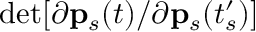
\operatorname* { d e t } [ { \partial \mathbf { p } _ { s } ( t ) } / { \partial \mathbf { p } _ { s } ( t _ { s } ^ { \prime } ) } ]